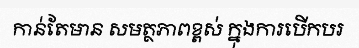
កាន់តែមាន សមត្ថភាពខ្ពស់ ក្នុងការបើកបរ